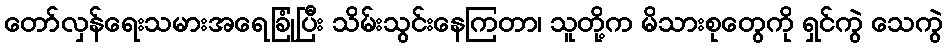
တော်လှန်ရေးသမားအရေခြုံပြီး သိမ်းသွင်းနေကြတာ၊ သူတို့က မိသားစုတွေကို ရှင်ကွဲ သေကွဲ